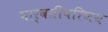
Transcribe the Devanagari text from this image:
पार्वतीपरिणय